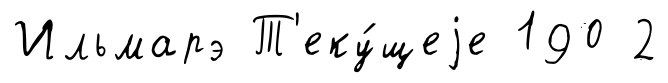
Ильмарэ Т'еку́щеjе 190 2